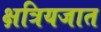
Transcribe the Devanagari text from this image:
क्षत्रियजात